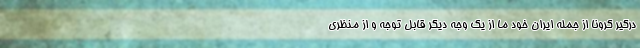
درگیر کرونا از جمله ایران خود ما از یک وجه دیگر قابل توجه و از منظری